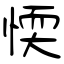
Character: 愞